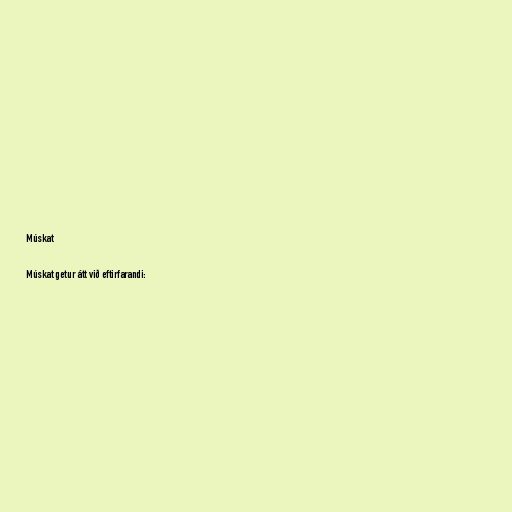
Múskat

Múskat getur átt við eftirfarandi: